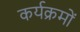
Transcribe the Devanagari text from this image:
कर्यक्रमों